Punjab Mental Hospital Lahore 1932-46 - 1932-1946
Year: 1932
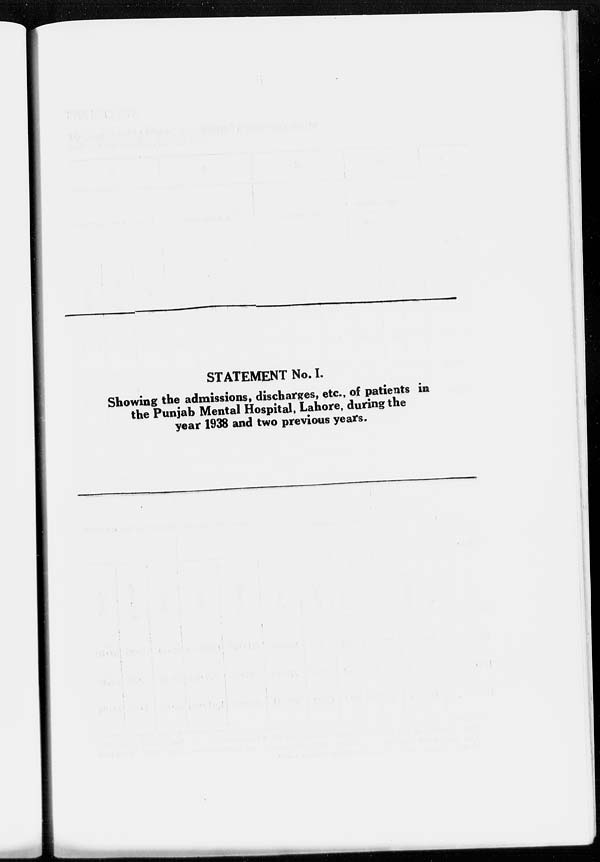
STATEMENT No. I.
Showing the admissions, discharges, etc., of patients in
the Punjab Mental Hospital, Lahore, during the
year 1938 and two previous years.